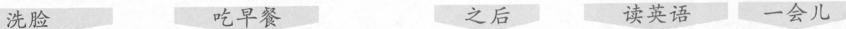
洗脸 吃早餐 之后 读英语 一会儿